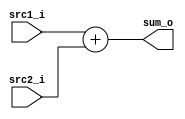
//Subject:     CO project 2 - Adder
//--------------------------------------------------------------------------------
//Version:     1
//--------------------------------------------------------------------------------
//Writer:    0416001  0416225   
//----------------------------------------------
//Date:        
//----------------------------------------------
//Description: 
//--------------------------------------------------------------------------------

module Adder(
    src1_i,
	src2_i,
	sum_o
	);
     
//I/O ports
input  [32-1:0]  src1_i;
input  [32-1:0]	 src2_i;
output [32-1:0]	 sum_o;

//Internal Signals
wire    [32-1:0]	 sum_o;

//Parameter
    
//Main function
assign sum_o = src1_i + src2_i ;

endmodule